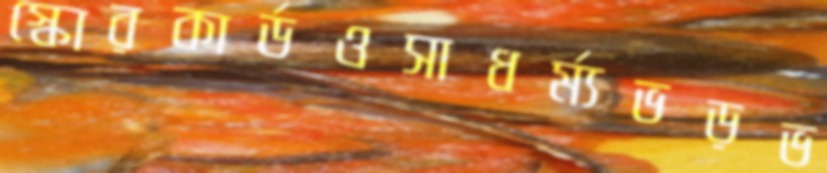
স্কোরকার্ডওসাধর্ম্যভড়ভ